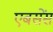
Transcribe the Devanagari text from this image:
एबसेंस